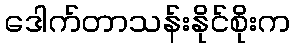
ဒေါက်တာသန်းနိုင်စိုးက